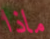
ماذا